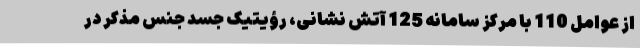
از عوامل 110 با مرکز سامانه 125 آتش نشانی، رؤیتیک جسد جنس مذکر در